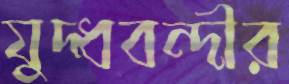
যুদ্ধবন্দীর